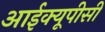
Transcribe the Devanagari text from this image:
आईक्यूपीसी